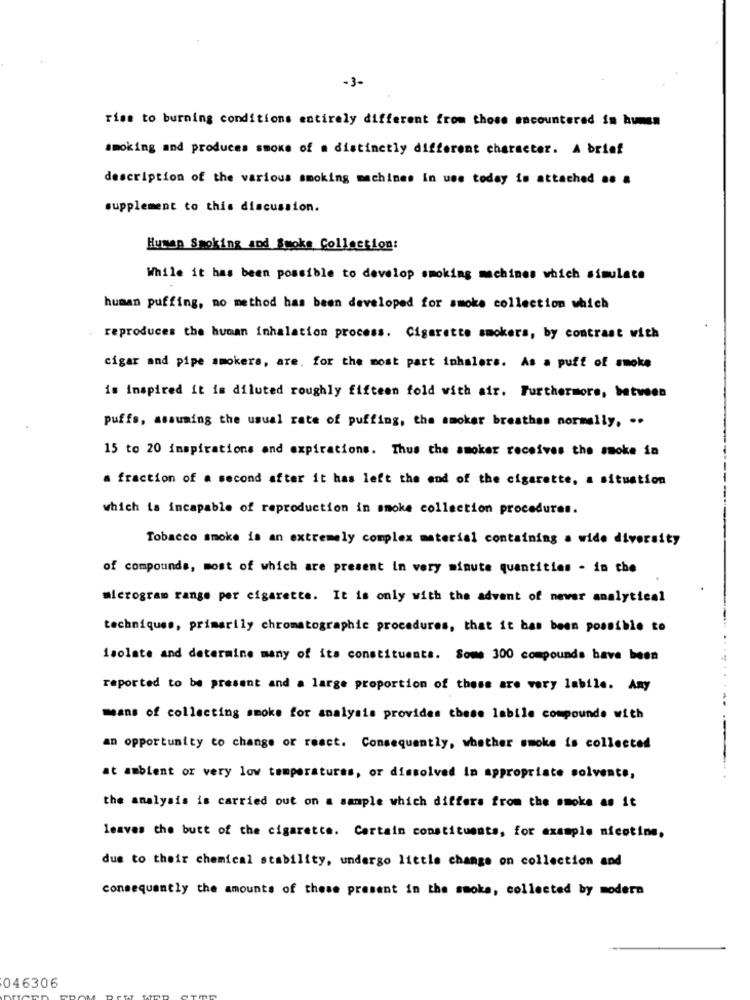
-3-
rise to burning conditions entirely different from those encountered in human
smoking and produces smoke of a distinctly different character. A brief
description of the various smoking machines In use today is attached .. .
supplement to this discussion.
Human Smoking and Smoke Collection:
While it has been possible to develop smoking machines which simulate
human puffing, no method has been developed for smoke collection which
reproduces the human inhalation process. Cigarette smokers, by contrast with
cigar and pipe smokers, are. for the most part inhalers. As a puff of smoke
is inspired it is diluted roughly fifteen fold with air. Furthermore, between
puffs, assuming the usual rate of puffing, the smoker breathss normally. ..
15 to 20 inspirations and expirations. Thus the smoker receives the smoke in
a fraction of a second after it has left the end of the cigarette, a situation
which is incapable of reproduction in smoke collection procedures.
Tobacco smoke is an extremely complex material containing a wide diversity
of compounds, most of which are present in very minute quantities - in the
microgram range por cigarette. It is only with the advent of newer analytical
techniques, primarily chromatographie procedures, that it has been possible to
isolate and determine many of its constituents. Some 300 compounds have been
reported to be present and a large proportion of these are very labile. Any
means of collecting smoke for analysis provides these labile compounds with
an opportunity to change or react. Consequently, whether smoke is collected
at ambient or very low temperatures, or dissolved in appropriate solvente,
the analysis is carried out on a sample which differs from the smoke as it
leaves the butt of the cigarette. Certain constituants, for example nicotine,
due to their chemical stability, undergo little change on collection and
consequently the amounts of these present in the smoke, collected by modern
046306